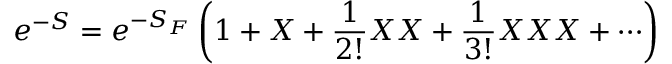
e ^ { - S } = e ^ { - S _ { F } } \left( 1 + X + { \frac { 1 } { 2 ! } } X X + { \frac { 1 } { 3 ! } } X X X + \cdots \right)